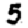
Digit: 5